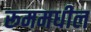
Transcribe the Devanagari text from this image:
रूममधील